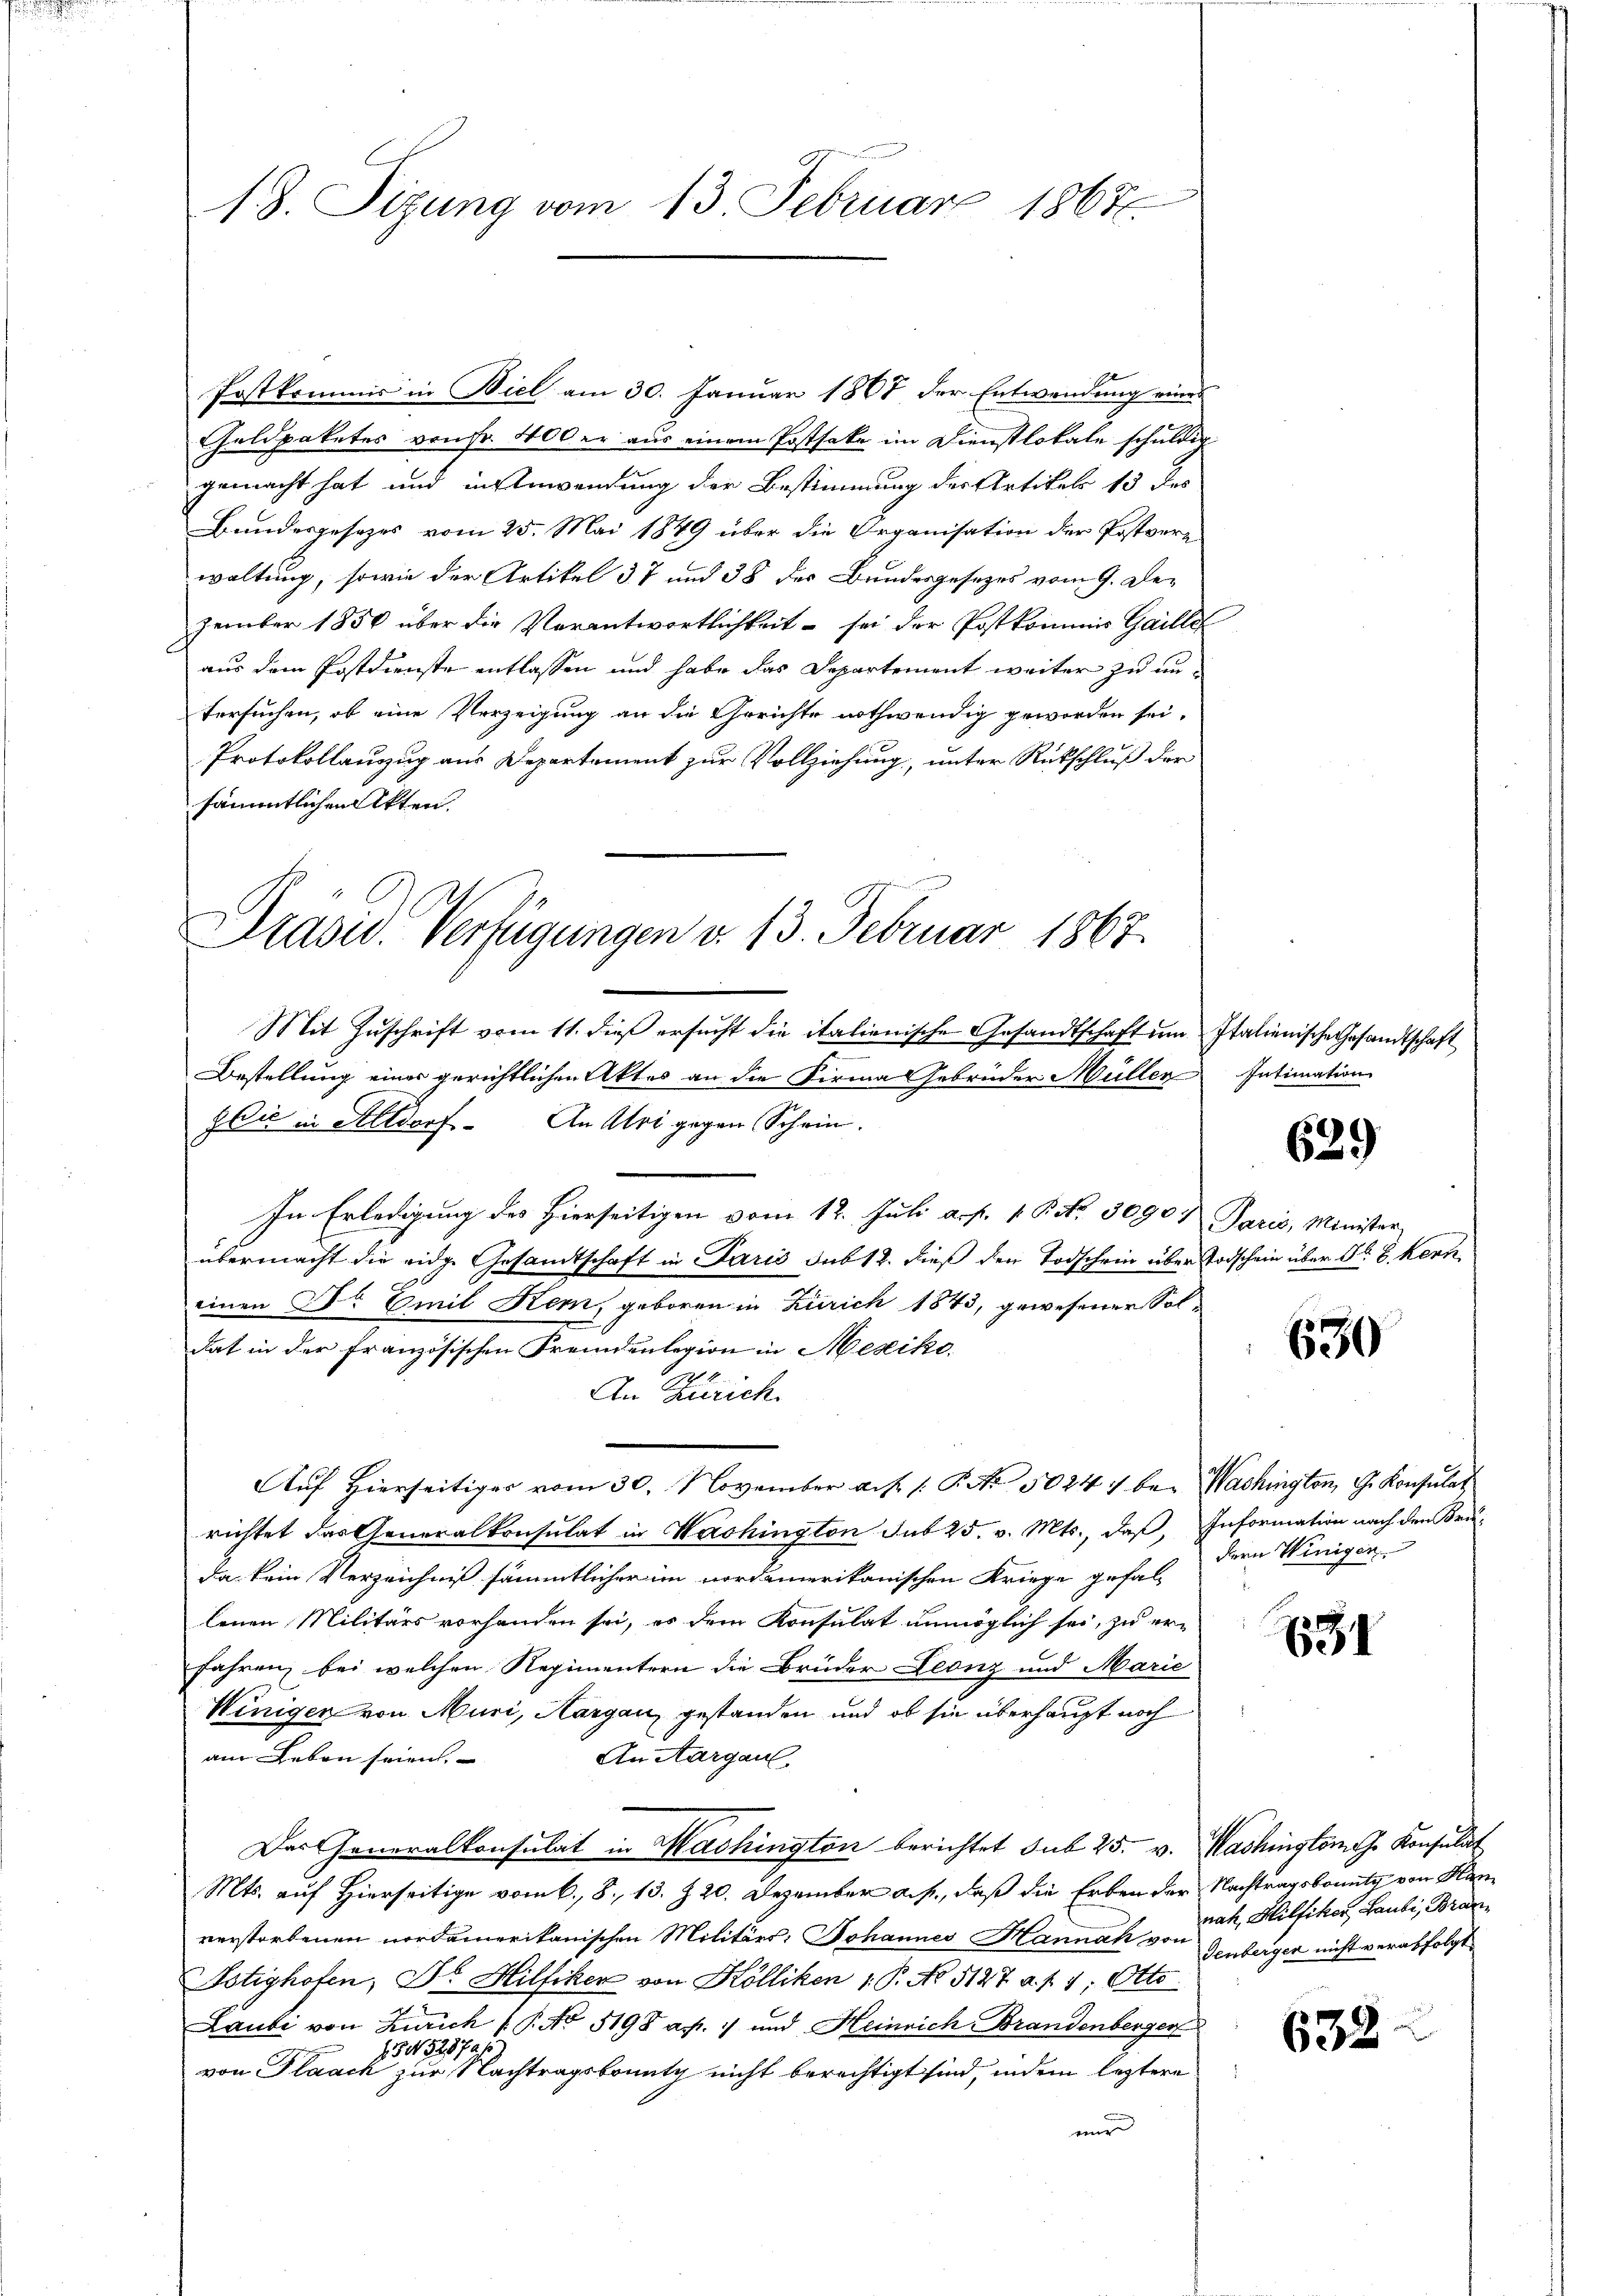
d

1. 8. Sizung vom 13. Februar 1867.

Postkommis in Biel am 30. Januar 1867 der Entwendung eines
Galdpaketes von Fr. 400 er aus einem Postsaka im Dienstlokale schuldig
gemacht hat und in Anwendung der Bestimmung der Artikels 13 des
Bundesgesezes vom 25. Mai 1849 über die Organisation der Postverwaltung, sowie der Artikel § 7 und 38 des Bundesgesezes vom 9. Dezember 1850 über die Verantwortlichkeit sei der Postkommis Gaillet
aus dem Postdienste entlassen und habe das Departement weiter zu untersuchen, ob eine Verzeigung an die Gerichte nothwendig geworden sei.
Protokollauzug aus Departement zur Vollziehung, unter Rückschluß der
sämmtlichen Akten.

Präsid. Verfügungen v. 13. Februar 1867.

Mit Zuschrift vom 11. dieß ersucht die italienische Gesandtschaft um Italienische Gesandtschaft
Bestellung einer gerichtlichen Aktes an die Firma Gebrüder Müller Intimation
z Du in Altdorf. An Uri gegen Schein.
In Erledigung des Hierseitigen vom 12. Juli a. f. 1. Bd. 30907 Paris, Minister
übermacht die eidg. Gesandtschaft in Paris sub 12. dieß den Todschein über Todschein über N. 8 kern
einen Dr Emil Kern, geboren in Zürich 1843, gewesener Soldat in der Französischen Fremdenlegion in Mesike,
An Zürich.
Aŭf Hierseitiger vom 30. November a.h. /: P. Nr. 50241 bei Washington, G. Konsulat
richtet das Generalkonsulat in Washington sub 25. v. Mts., daß, Information nach den Krä-
da kein Verzeichniß sämmtlicher im nordamerikanischen Kriege gefal-
lenen Militärs vorhanden sei, es dem Konsulat unmöglich sei, zu er-
fahren, bei welchen Regimentern die Brüder Leonz und Marie
Winigen von Muri, Hargau, gestanden und ob sie überhaupt noch
am Leben seien.
An Aargau
Das Generalkonsulat in Machington berichtet sub 25. v. Washingtom ehe Konsulat
Mts. auf Hierseitige vom 6. 8. 13. Z. 20. Dezember a.p., daß die Erben der Nachtragsbounty von Hanverstorbenen nordamerikanischen Militärs: Johannes Hannah von Genbergen nicht verabfolgt
Fotighofen, Dr. Hilfiker von Kölliken 1. P. No 5127 a. f. 1; Otto.
Laubi von Zürich /: P. No 5198 a. p. 1 und Heinrich Brandenberger
154. 523 Jahr
von Flaach zur Nachtragsbounty nicht berechtigt sind, indem leztere
mir

e
639

630

dern Winigen

184

nah, Hilfiker Laubi, Bran¬

632